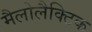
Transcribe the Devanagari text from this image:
मैलोलैक्टिक